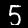
Digit: 5